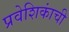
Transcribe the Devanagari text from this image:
प्रवेशिकांची